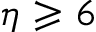
\eta \geqslant 6